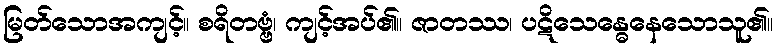
မြတ်သောအကျင့်။ စရိတဗ္ဗံ၊ ကျင့်အပ်၏။ ဇာတဿ၊ ပဋိသေန္ဓေနေသောသူ၏။